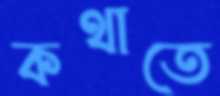
কথাতে